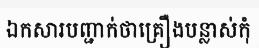
ឯកសារបញ្ជាក់ថាគ្រឿងបន្លាស់កុំ